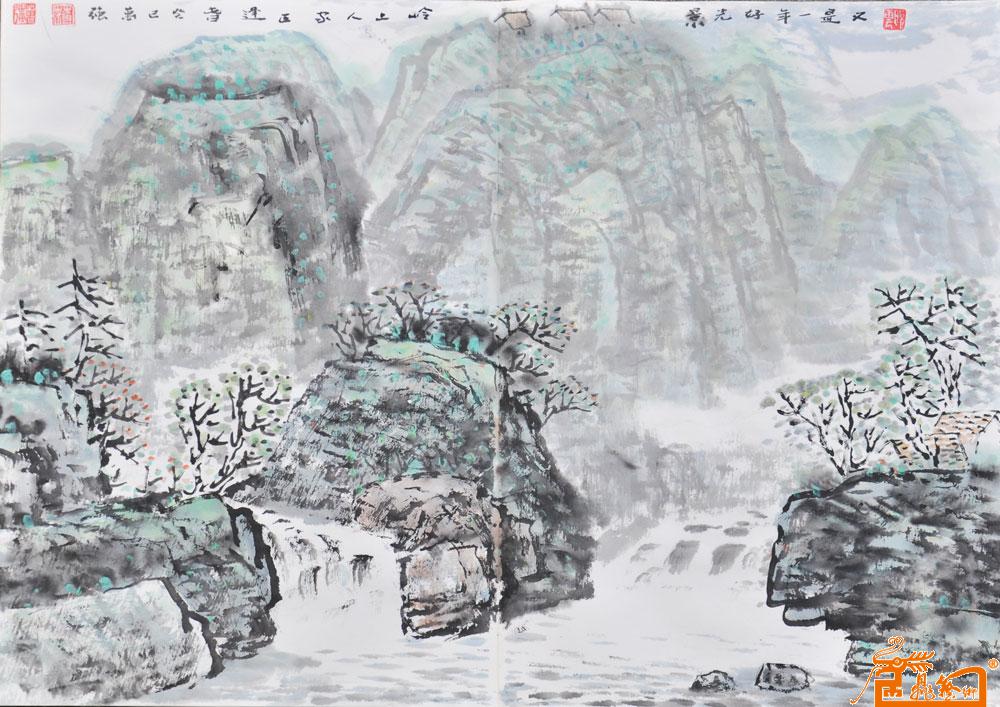
同来不得同归去，故国逢春一寂寥！